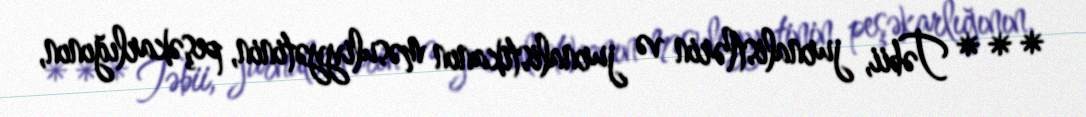
*** Təbii, jurnalistlərin və jurnalistikanın məsuliyyətinin, peşəkarlığının,